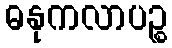
ဓနုကလာပဉ္စ